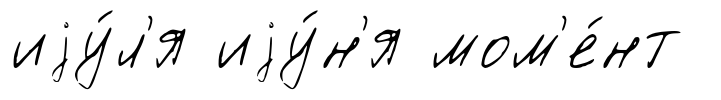
иjу́л'я иjу́н'я мом'е́нт